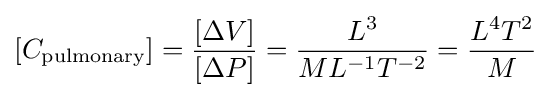
[C_{\text{pulmonary}}]={\frac {[\Delta V]}{[\Delta P]}}={\frac {L^{3}}{ML^{-1}T^{-2}}}={\frac {L^{4}T^{2}}{M}}